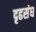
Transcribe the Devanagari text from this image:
दृढसंघ